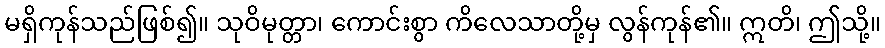
မရှိကုန်သည်ဖြစ်၍။ သုဝိမုတ္တာ၊ ကောင်းစွာ ကိလေသာတို့မှ လွန်ကုန်၏။ ဣတိ၊ ဤသို့။